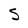
Character: S